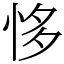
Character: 恀